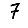
Digit: 7